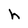
Character: h